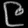
Digit: ၉